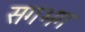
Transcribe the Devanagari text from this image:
सगभग